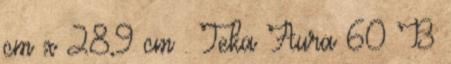
cm x 28,9 cm . Teka Aura 60 B